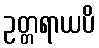
ဥတ္တရာယပိ